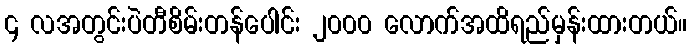
၄ လအတွင်းပဲတီစိမ်းတန်ပေါင်း ၂၀၀၀ လောက်အထိရည်မှန်းထားတယ်။